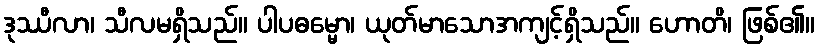
ဒုဿီလာ၊ သီလမရှိသည်။ ပါပဓမ္မော၊ ယုတ်မာသောအကျင့်ရှိသည်။ ဟောတိ၊ ဖြစ်၏။